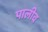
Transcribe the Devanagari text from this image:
पालीव